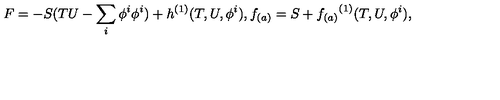
F = - S ( T U - \sum _ { i } \phi ^ { i } \phi ^ { i } ) + { h } ^ { ( 1 ) } ( T , U , \phi ^ { i } ) , f _ { ( a ) } = S + { f _ { ( a ) } } ^ { ( 1 ) } ( T , U , \phi ^ { i } ) ,